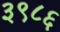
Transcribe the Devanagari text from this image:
३९८६